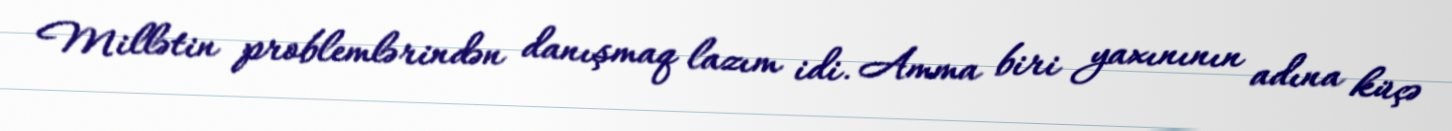
Millətin problemlərindən danışmaq lazım idi. Amma biri yaxınının adına küçə